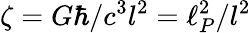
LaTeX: \zeta=G\hbar/c^{3}l^{2}=\ell_{P}^{2}/l^{2}